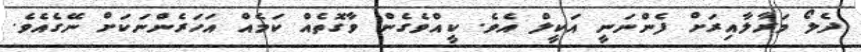
ދެލޯ މަރާލާއިރަށް ފެންނަނީ އަކީލް އެވެ. ކީއްވެގެން ވާގޮތެއް ކަމެއް އަހަރެންނަކަށް ނޭގެއެވެ.